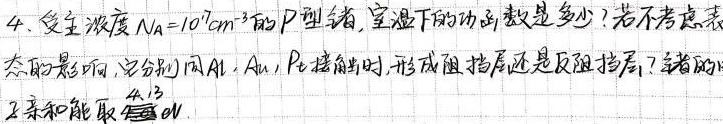
4. 受主浓度$N_A = 10^{17}cm^{-3}$的$P$型锗，室温下的功函数是多少？若不考虑表面态的影响，当分别用$Al$、$Au$、$Pt$接触时，形成阻挡层还是反阻挡层？锗的电子亲和能取$4.13eV$。